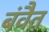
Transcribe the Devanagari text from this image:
बंवैत